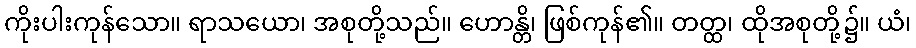
ကိုးပါးကုန်သော။ ရာသယော၊ အစုတို့သည်။ ဟောန္တိ၊ ဖြစ်ကုန်၏။ တတ္ထ၊ ထိုအစုတို့၌။ ယံ၊